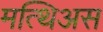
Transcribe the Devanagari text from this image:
मत्थिअस